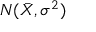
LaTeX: N ( { \bar { X } } , \sigma ^ { 2 } )